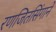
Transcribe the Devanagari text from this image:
रणजितसिंगाने